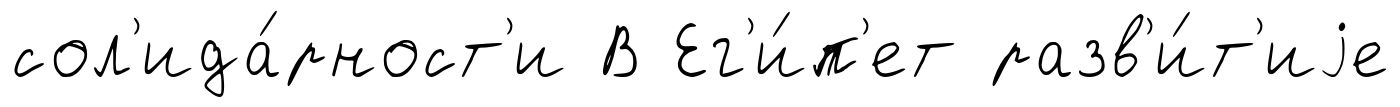
сол'ида́рност'и В Ег'и́п'ет разв'и́т'иjе